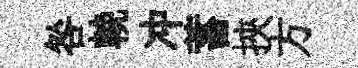
咎輓冲蓄挾方